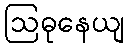
ဩဓုနေယျ